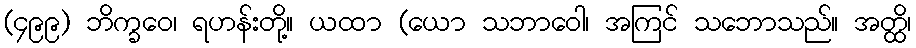
(၄၉၉) ဘိက္ခဝေ၊ ရဟန်းတို့။ ယထာ (ယော သဘာဝေါ၊ အကြင် သဘောသည်။ အတ္ထိ၊